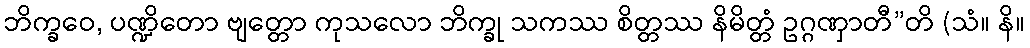
ဘိက္ခဝေ, ပဏ္ဍိတော ဗျတ္တော ကုသလော ဘိက္ခု သကဿ စိတ္တဿ နိမိတ္တံ ဥဂ္ဂဏှာတီ”တိ (သံ။ နိ။